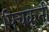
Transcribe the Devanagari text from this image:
पिचकती